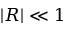
| R | \ll 1